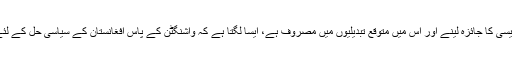
اس وقت جبکہ ٹرمپ انتظامیہ افغان پالیسی کا جائزہ لینے اور اس میں متوقع تبدیلیوں میں مصروف ہے، ایسا لگتا ہے کہ واشنگٹن کے پاس افغانستان کے سیاسی حل کے لئے کوئی واضح پالیسی موجود نہیں ہے۔